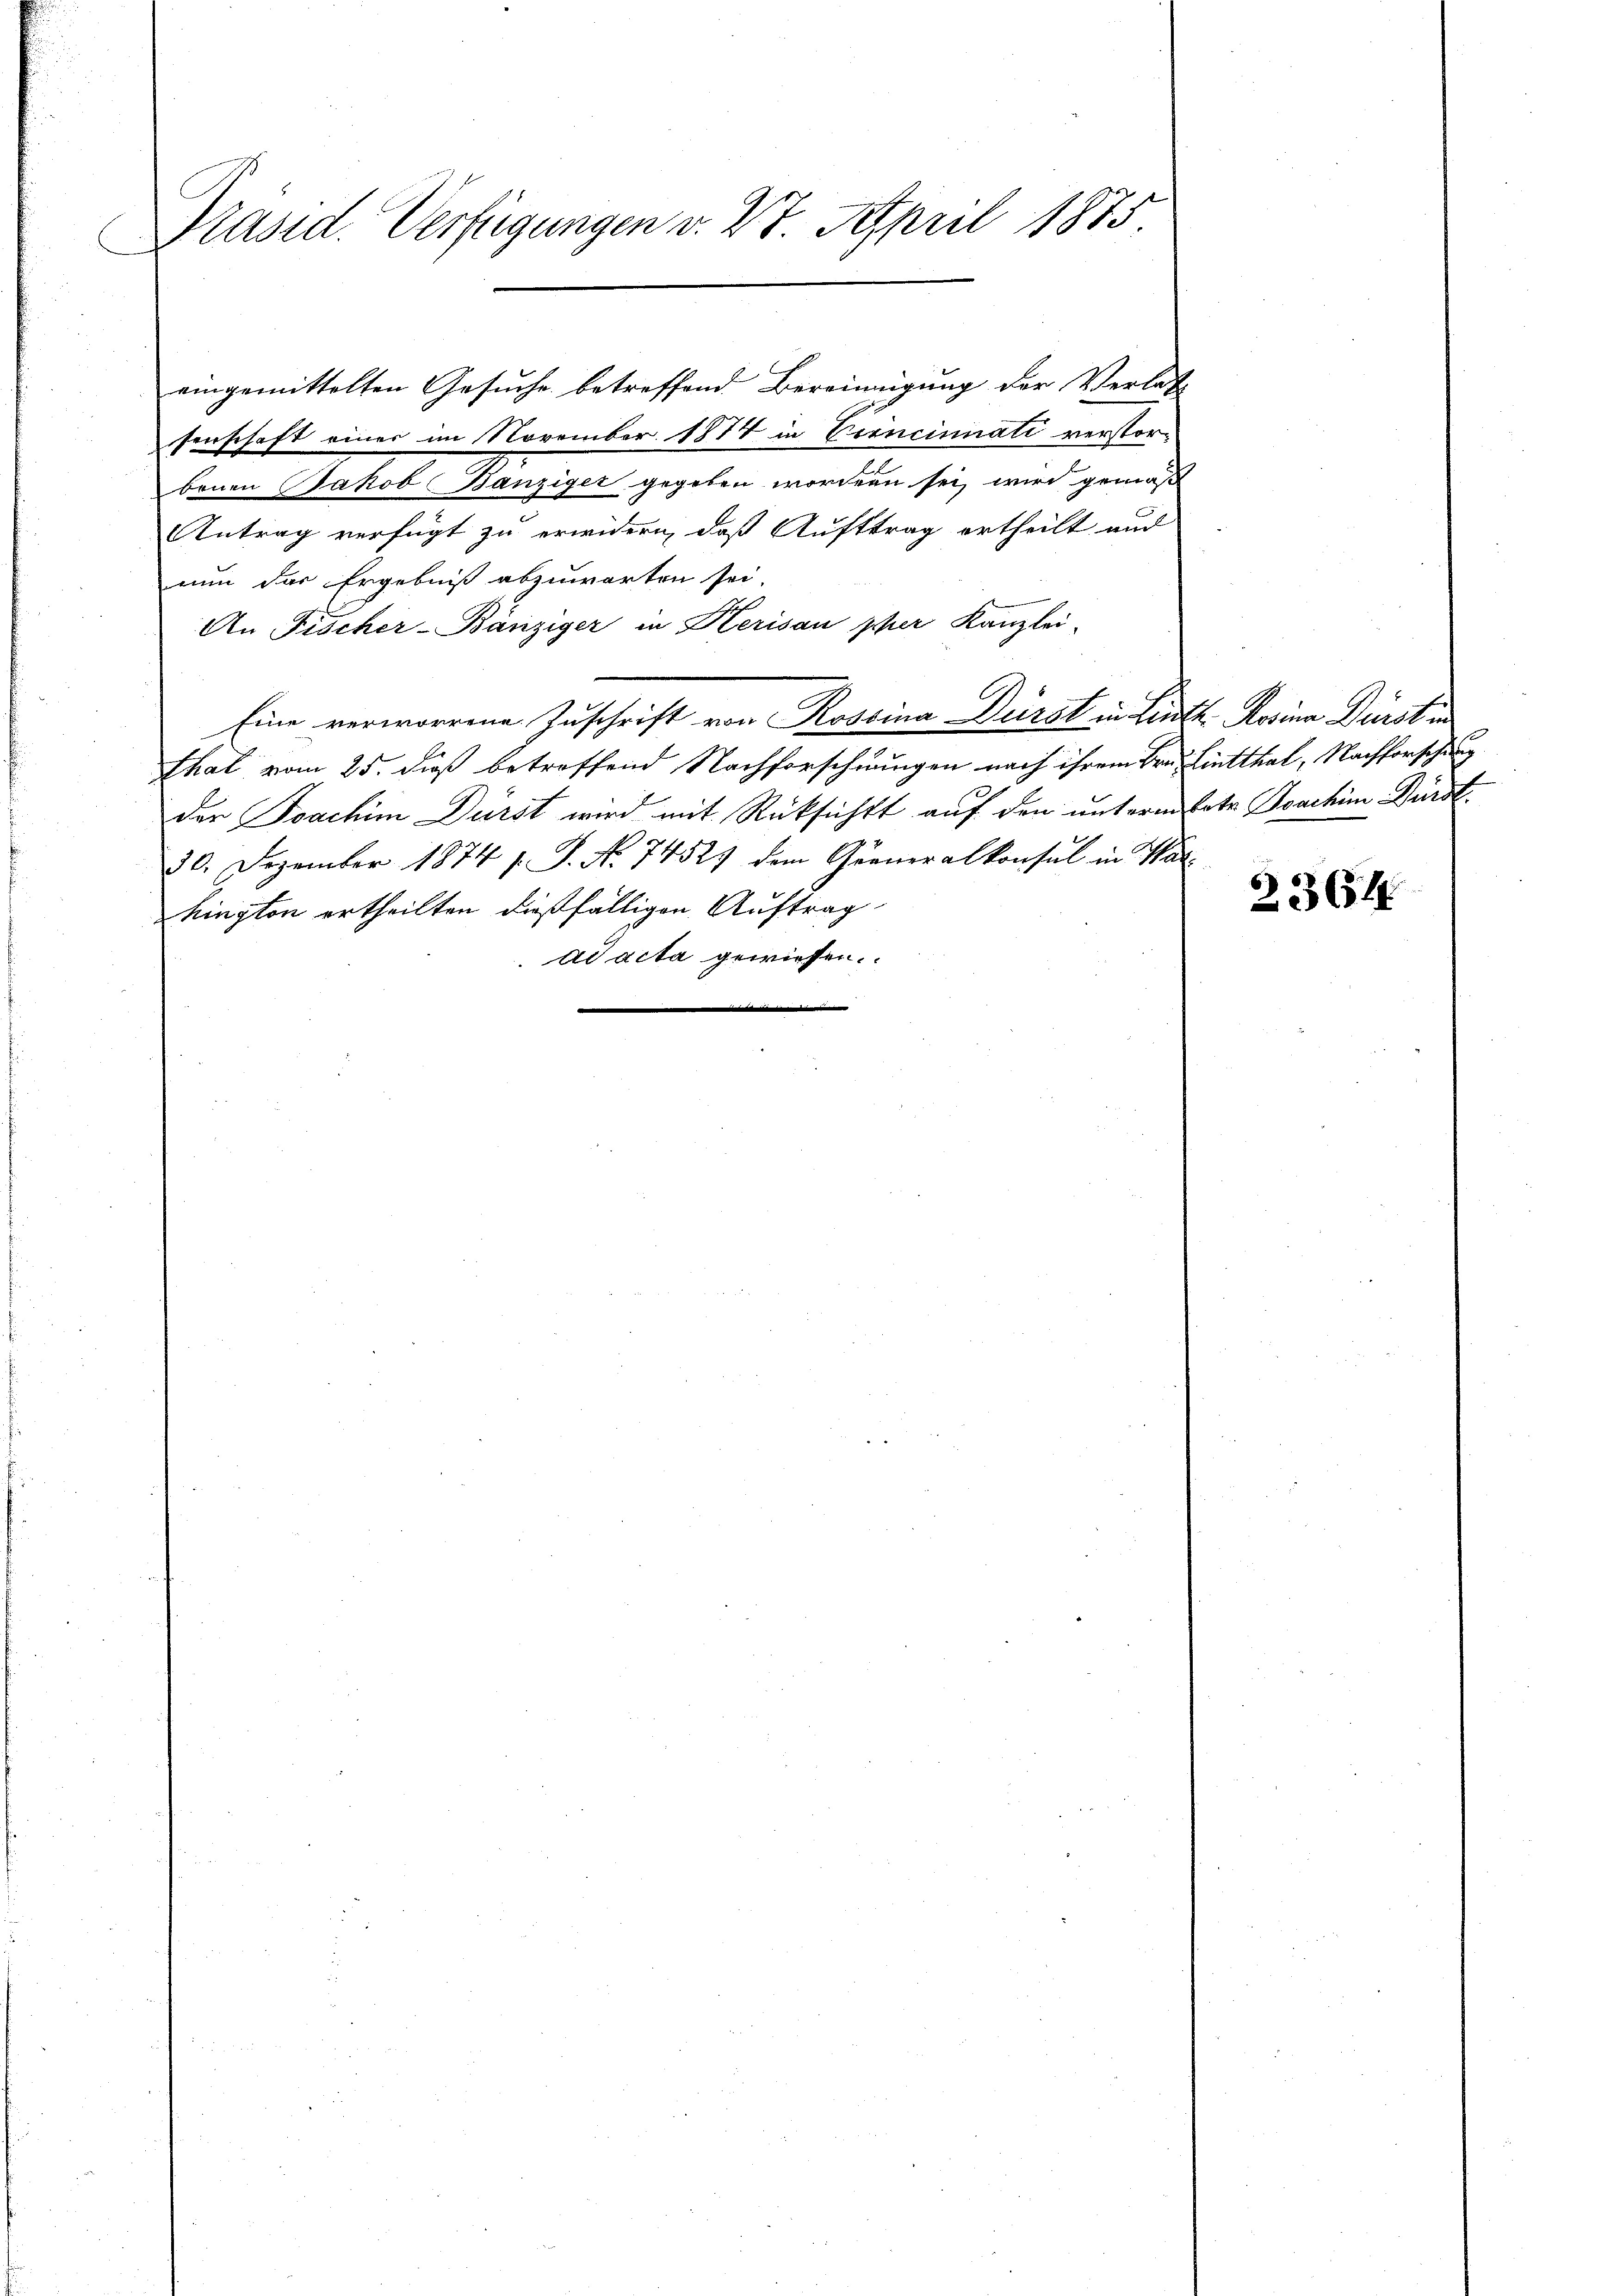
Präsid. Verfügungen v. 28. April 1875

senschaft einer im November 1874 in Crincinati verstorbenen Jakob Banziger gegeben worden sei, wird gemäß
Antrag verfügt zu erwidern, daß Auftrag ertheilt und
nun das Ergebniß abzuwarten sei.
An Fischer-Bänziger in Herisau pher Kanzlei-
Eine verworrene Zuschrift von Rossina Dürst in Litt. Marina Dürst in
that vom 25. dieß betreffend Nachforschnungen nach ihrem Hrn. Lintthal, Nachforschung
der Joachim Dürst wird mit Rücksichts auf den unterm Ertr Joachim Bürst.
30. Dezember 1874 s. S. No. 74529 dem Generalkonsul in Warhington ertheilten dießfälligen Auftrag
ad acta gewiesen.

eingemittelten Gesuche betreffend Bereinigung der Verlas

2364